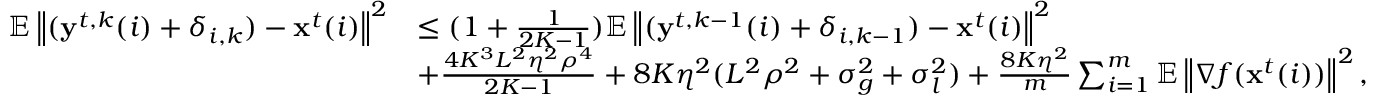
\begin{array} { r l } { \mathbb { E } \left\| ( \mathbf { y } ^ { t , k } ( i ) + \delta _ { i , k } ) - \mathbf { x } ^ { t } ( i ) \right\| ^ { 2 } } & { \leq ( 1 + \frac { 1 } { 2 K - 1 } ) \mathbb { E } \left\| ( \mathbf { y } ^ { t , k - 1 } ( i ) + \delta _ { i , k - 1 } ) - \mathbf { x } ^ { t } ( i ) \right\| ^ { 2 } } \\ & { + \frac { 4 K ^ { 3 } L ^ { 2 } \eta ^ { 2 } \rho ^ { 4 } } { 2 K - 1 } + 8 K \eta ^ { 2 } ( L ^ { 2 } \rho ^ { 2 } + \sigma _ { g } ^ { 2 } + \sigma _ { l } ^ { 2 } ) + \frac { 8 K \eta ^ { 2 } } { m } \sum _ { i = 1 } ^ { m } \mathbb { E } \left\| \nabla f ( \mathbf { x } ^ { t } ( i ) ) \right\| ^ { 2 } , } \end{array}